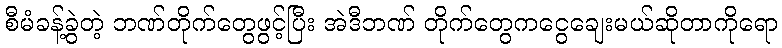
စီမံခန့်ခွဲတဲ့ ဘဏ်တိုက်တွေဖွင့်ပြီး အဲဒီဘဏ် တိုက်တွေကငွေချေးမယ်ဆိုတာကိုရော